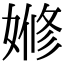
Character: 𡟞